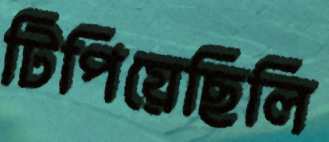
টিপিয়েছিলি